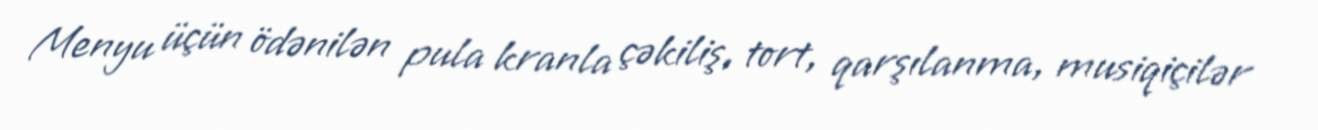
Menyu üçün ödənilən pula kranla çəkiliş, tort, qarşılanma, musiqiçilər